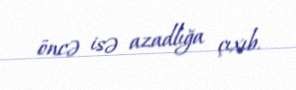
öncə isə azadlığa çıxıb.